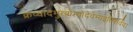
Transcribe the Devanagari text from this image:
क्रव्यादमुख्येभ्योदेवेभ्यइतिसर्वदा